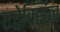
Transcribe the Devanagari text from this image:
एड्वेक्सिन